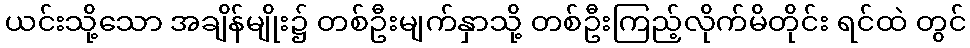
ယင်းသို့သော အချိန်မျိုး၌ တစ်ဦးမျက်နှာသို့ တစ်ဦးကြည့်လိုက်မိတိုင်း ရင်ထဲ တွင်